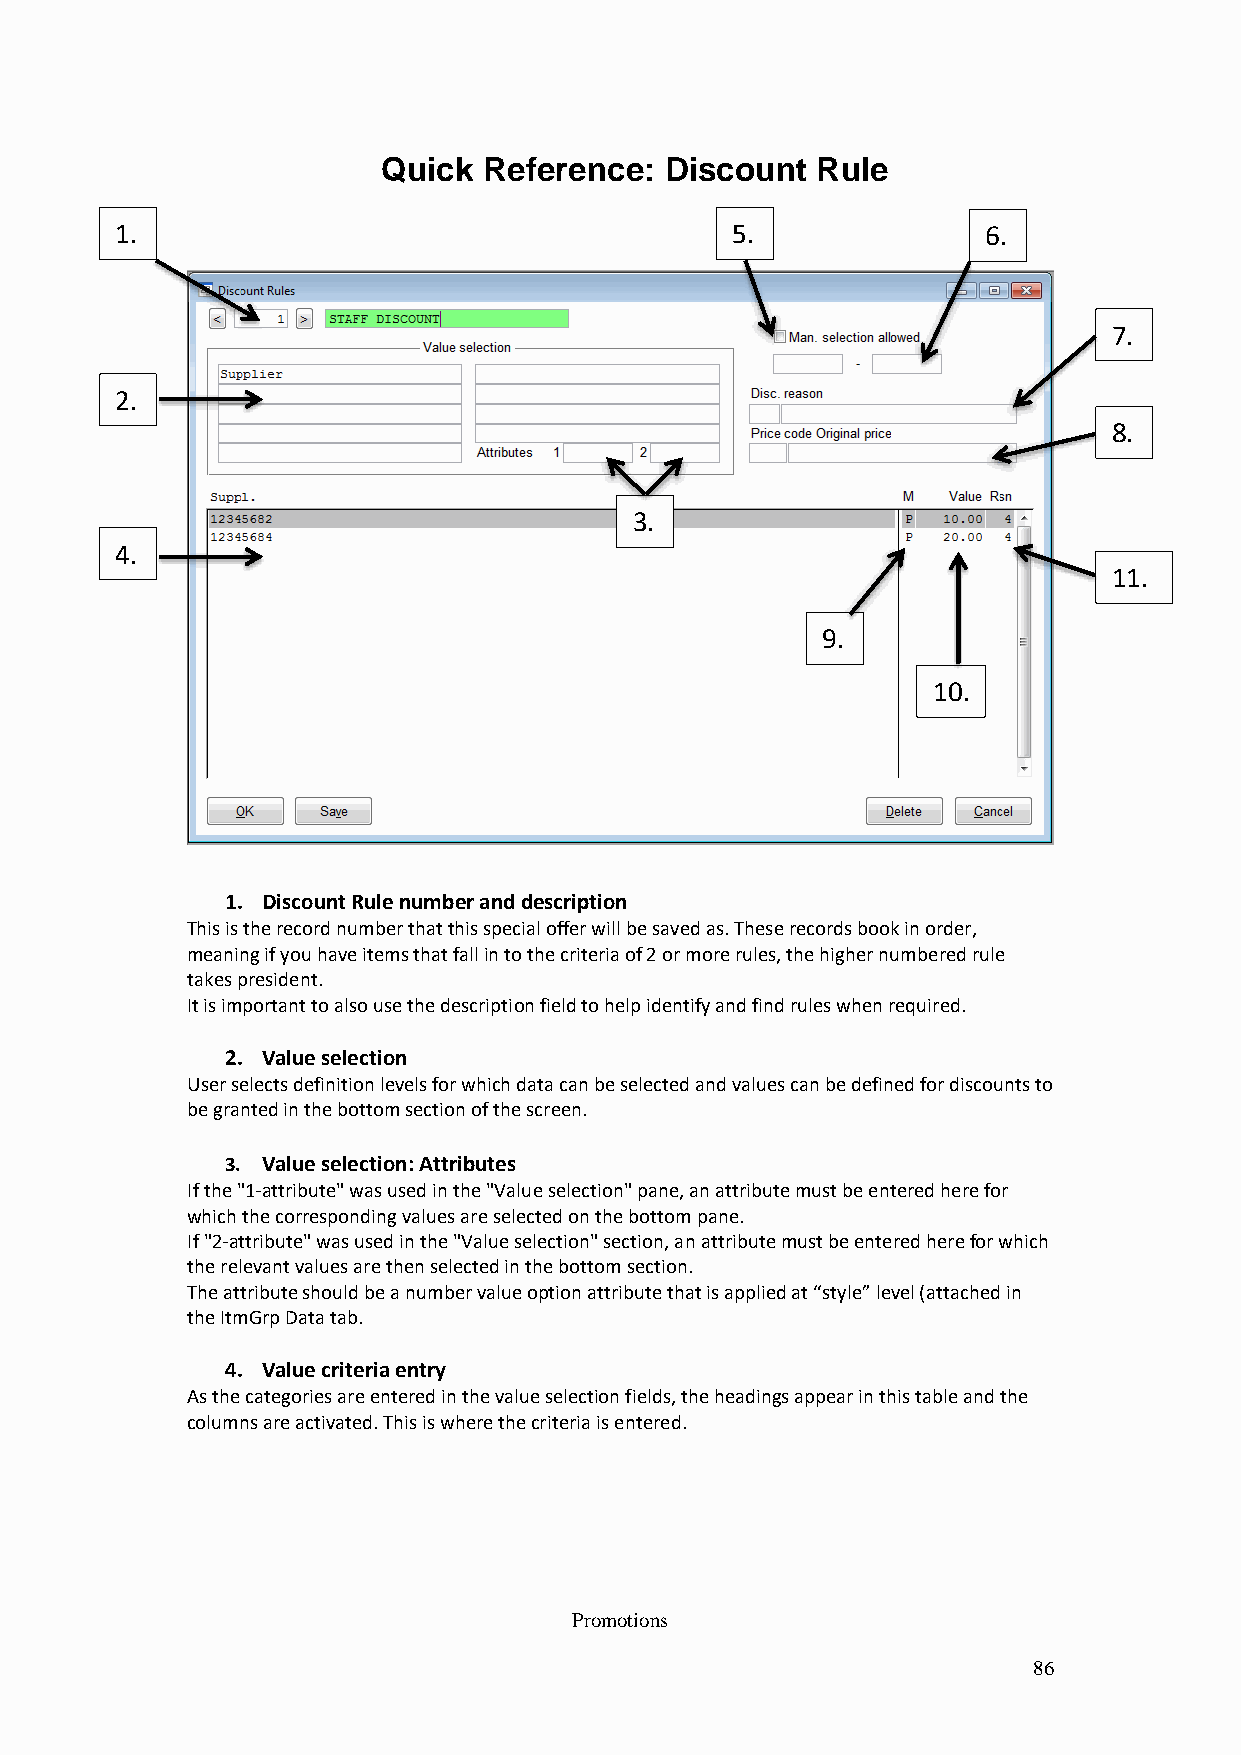
Quick  Reference:  Discount  Rule
 1.                                      5.               6.
 7.
 2.
 8.
 3.
 4.
 11.
 9.
 10.
 1. Discount Rule number and description
 This is the record number that this special offer will be saved as. These records book in order,
 meaning if you have items that fall in to the criteria of 2 or more rules, the higher numbered rule
 takes president.
 It is important to also use the description field to help identify and find rules when required.
 2. Value selection
 User selects definition levels for which data can be selected and values can be defined for discounts to
 be granted in the bottom section of the screen.
 3. Value selection: Attributes
 If the "1-attribute" was used in the "Value selection" pane, an attribute must be entered here for
 which the corresponding values are selected on the bottom pane.
 If "2-attribute" was used in the "Value selection" section, an attribute must be entered here for which
 the relevant values are then selected in the bottom section.
 The attribute should be a number value option attribute that is applied at “style” level (attached in
 the ItmGrp Data tab.
 4. Value criteria entry
 As the categories are entered in the value selection fields, the headings appear in this table and the
 columns are activated. This is where the criteria is entered.
 Promotions
 86